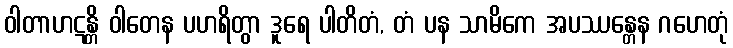
ဝါတာဟဋန္တိ ဝါတေန ပဟရိတွာ ဒူရေ ပါတိတံ, တံ ပန သာမိကေ အပဿန္တေန ဂဟေတုံ